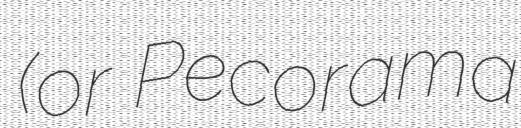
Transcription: (or Pecorama